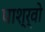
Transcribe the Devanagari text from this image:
पाश्र्वो